system: You are a helpful assistant.
user:
Analyze the provided spectrum to determine if it is a **S-type Star**.

- **Key Indicators for S-type Star:**

    - **(Overall Spectrum Shape):** The first and most obvious characteristic is the overall continuum (the "baseline" shape). It is **extremely "red-sloping,"** meaning the flux (light intensity) is very low on the left side (blue, ~4000-4500 Å) and rises steeply and continuously toward the right side (red, ~7000 Å+).

    - **(Primary):** The spectrum is defined by the presence of strong, broad molecular absorption "valleys" (bands) from **Zirconium Oxide (ZrO)**. The identification of these bands is the **primary requirement** for classifying a star as S-type.
        - **(Key Bandheads):** You must find distinct, deep "dips" where the light has been absorbed. The most critical band systems to locate are:
            - **~6474 Å** ($\gamma$-system): This is often the strongest and clearest ZrO feature, found in the red part of the spectrum.
            - **~5718 Å** & **~5551 Å** ($\beta$-system): A pair of prominent absorption features in the yellow-orange part of the spectrum.
            - **~4640 Å** ($\alpha$-system): A key absorption band system in the blue-green region of the spectrum.

    - **(Secondary Confirmation):** The classification is strengthened by finding additional absorption bands from other related heavy element oxides, which are expected to be present alongside ZrO.
        - **(Key Bandheads):**
            - **Yttrium Oxide (YO):** Look for absorption dips near **~4800 Å** and **~6100 Å**.
            - **Lanthanum Oxide (LaO):** Additional absorption features, particularly in the red-orange part of the spectrum, are also characteristic.

    - **(Line Profile):** The combination of the steep red continuum and these numerous, deep molecular bands (ZrO, YO, etc.) gives the entire spectrum a very **"chopped-up"** or **"bumpy"** appearance. Instead of a smooth curve, the spectrum looks as though large, wide chunks of light have been "carved out" of it at the specific wavelengths listed above.

Think first, call **spectral_visualization_tool** if needed to examine features in detail, then provide your final answer. Your response must adhere to the following strict rules:
1.  **Overall Structure:** Your response must follow the format `<think>...</think> <tool_call>...</tool_call> (if a tool is used) <answer>...</answer>`.
2.  **Tool Usage Constraint:** You may only make **one** tool call per turn.
3.  **Final Answer Format:** In the `<answer>` tag, your conclusion must be inside a `\boxed{}` command (e.g., `\boxed{YES}` or `\boxed{NO}`), followed by your justification.

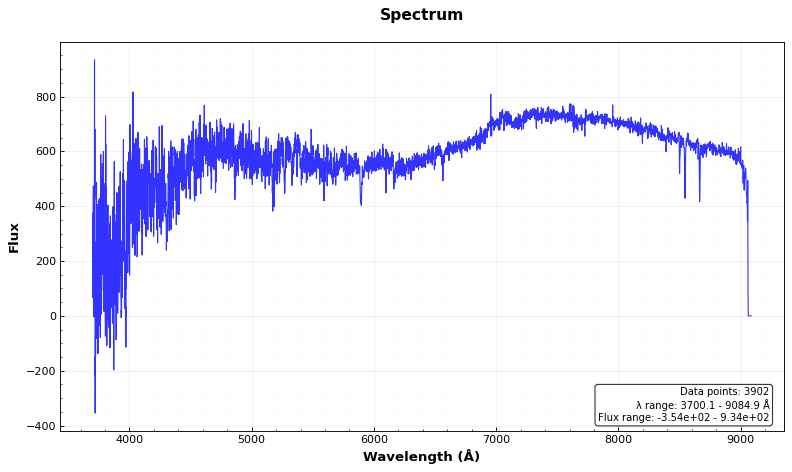
Answer: NO